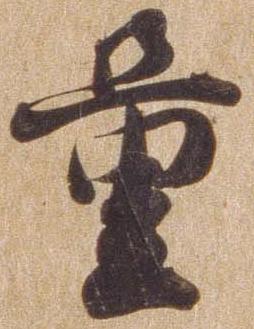
量